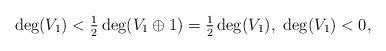
LaTeX: \begin{align*}\deg(V_1)<\tfrac12\deg(V_1\oplus 1) = \tfrac12 \deg(V_1),\ \deg(V_1)<0,\end{align*}